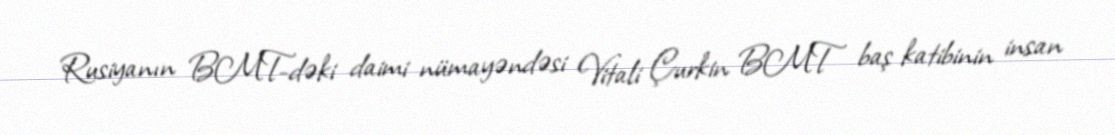
Rusiyanın BMT-dəki daimi nümayəndəsi Vitali Çurkin BMT baş katibinin insan